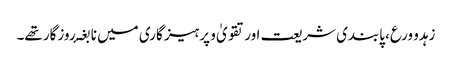
زہدو ورع، پابندی شریعت اور تقویٰ و پرہیز گاری میں نا بغۂ روزگار تھے۔